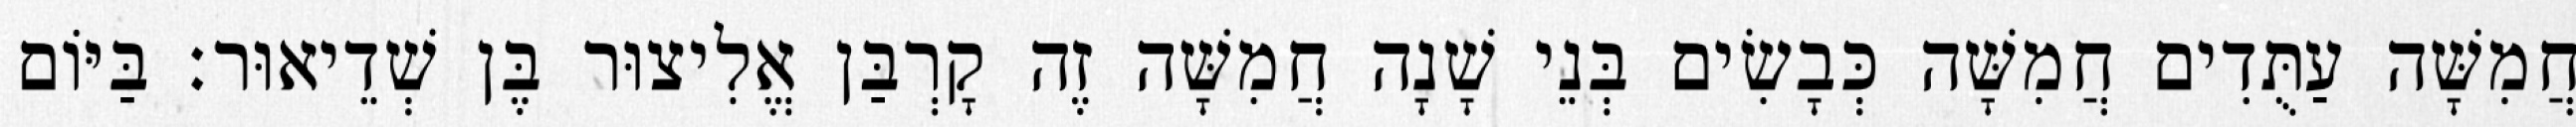
חֲמִשָּׁה עַתֻּדִים חֲמִשָּׁה כְּבָשִׂים בְּנֵי שָׁנָה חֲמִשָּׁה זֶה קָרְבַּן אֱלִיצוּר בֶּן שְׁדֵיאוּר׃ בַּיּוֹם